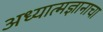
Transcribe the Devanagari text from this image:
अध्यात्मज्ञानाचा